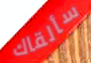
سألقاك